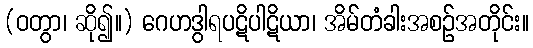
(ဝတွာ၊ ဆို၍။) ဂေဟဒွါရပဋိပါဋိယာ၊ အိမ်တံခါးအစဉ်အတိုင်း။